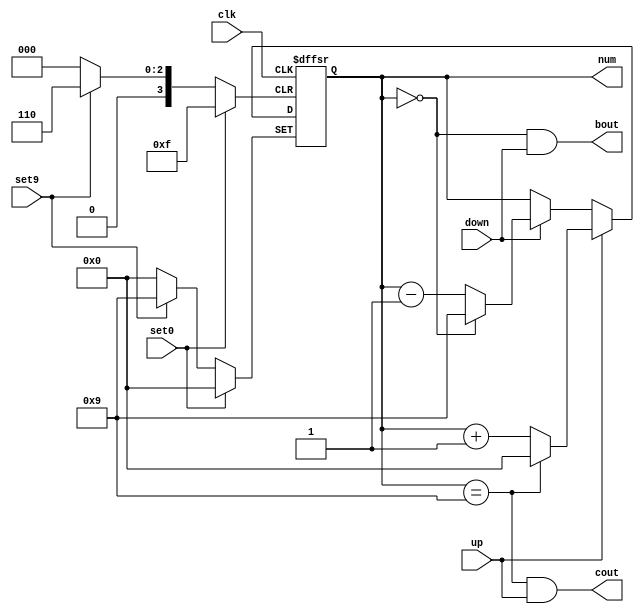
`timescale 1ns / 1ps
//////////////////////////////////////////////////////////////////////////////////
// Company: 
// Engineer: 
// 
// Design Name: 
// Module Name: bcdCounter
// Project Name: 
// Target Devices: 
// Tool Versions: 
// Description: 
// 
// Dependencies: 
// 
// Revision:
// Revision 0.01 - File Created
// Additional Comments:
// 
//////////////////////////////////////////////////////////////////////////////////


module bcdCounter(
    output [3:0] num,
    output cout,
    output bout,
    input up,
    input down,
    input set0,
    input set9,
    input clk
    );
    
    reg [3:0] state;
    
    assign num = state;
    assign cout = state == 4'b1001 && up;
    assign bout = state == 4'b0000 && down;
    
    initial     
        state = 4'b0000;

    always @(posedge clk, posedge set0, posedge set9)
    begin
        if(set0 == 1) 
            state <= 4'b0000;
        else if(set9 == 1)
            state <= 4'b1001;
        else begin
            if(up == 1)
                if(state == 4'b1001)
                    state <= 4'b0000;
                else 
                    state = state + 1;
            else if(down == 1)
                if(state == 4'b0000)
                    state <= 4'b1001;
                else
                    state = state - 1;
        end
    end
    
endmodule